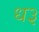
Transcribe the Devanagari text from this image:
ध३